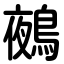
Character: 鵺